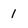
Character: 1